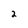
Character: 2